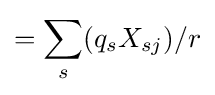
=\sum _{s}(q_{s}X_{sj})/r